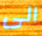
الى